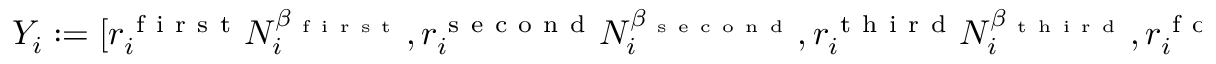
Y _ { i } : = [ r _ { i } ^ { \mathrm { ~ f ~ i ~ r ~ s ~ t ~ } } N _ { i } ^ { \beta _ { \mathrm { ~ f ~ i ~ r ~ s ~ t ~ } } } , r _ { i } ^ { \mathrm { ~ s ~ e ~ c ~ o ~ n ~ d ~ } } N _ { i } ^ { \beta _ { \mathrm { ~ s ~ e ~ c ~ o ~ n ~ d ~ } } } , r _ { i } ^ { \mathrm { ~ t ~ h ~ i ~ r ~ d ~ } } N _ { i } ^ { \beta _ { \mathrm { ~ t ~ h ~ i ~ r ~ d ~ } } } , r _ { i } ^ { \mathrm { ~ f ~ o ~ u ~ r ~ t ~ } } N _ { i } ^ { \beta _ { \mathrm { ~ f ~ o ~ u ~ r ~ t ~ h ~ } } }